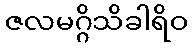
ဇလမဂ္ဂိသိခါရိဝ